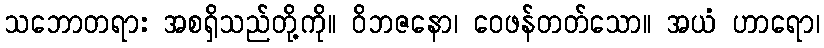
သဘောတရား အစရှိသည်တို့ကို။ ဝိဘဇနော၊ ဝေဖန်တတ်သော။ အယံ ဟာရော၊